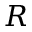
R